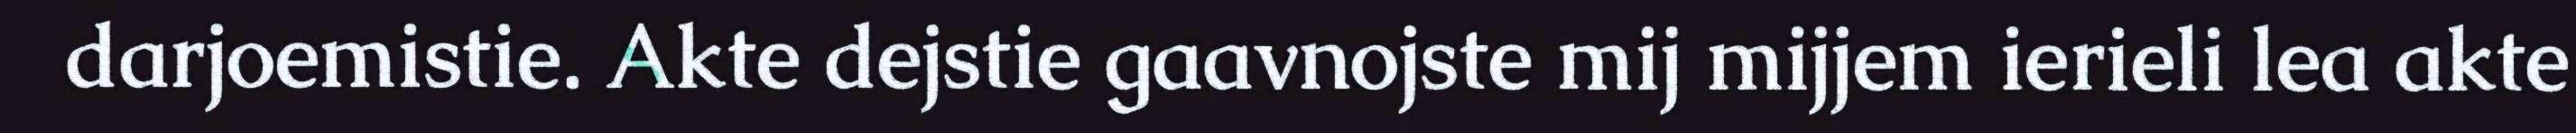
darjoemistie. Akte dejstie gaavnojste mij mijjem ierieli lea akte